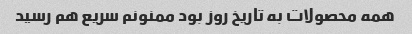
همه محصولات به تاریخ روز بود ممنونم سریع هم رسید